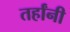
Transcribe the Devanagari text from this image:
तर्हांनी